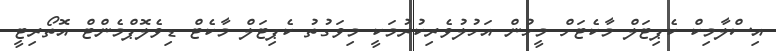
އިސްލާމިކް ކެޕިޓަލް މާކެޓަށް މީހުން އަހުލުވެރިކުރުމަކީ މިވަގުތު ކެޕިޓަލް މާކެޓް ޑިވެލޮޕްމެންޓް އޮތޯރިޓީ